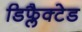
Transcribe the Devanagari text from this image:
डिफ्लैक्टेड